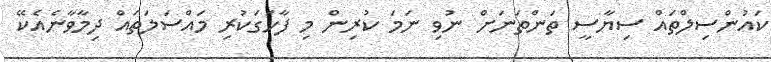
ކައުންސިލްތައް ސިޔާސީ ތަންތަނަށް ނުވި ނަމަ ކުރިން މި ފާހަގަކުރި މައްސަލަތައް ދިމާވާނެއެކޭ